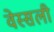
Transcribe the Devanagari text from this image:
वेस्सली